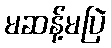
မဆန့်မပြဲ